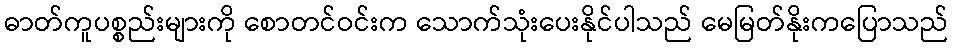
ဓာတ်ကူပစ္စည်းများကို စောတင်ဝင်းက သောက်သုံးပေးနိုင်ပါသည် မေမြတ်နိုးကပြောသည်